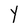
Character: Y